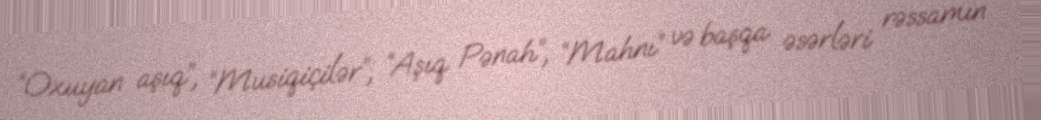
“Oxuyan aşıq”, “Musiqiçilər”, “Aşıq Pənah”, “Mahnı” və başqa əsərləri rəssamın